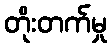
တိုးတက်မှု